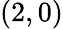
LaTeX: (2,0)